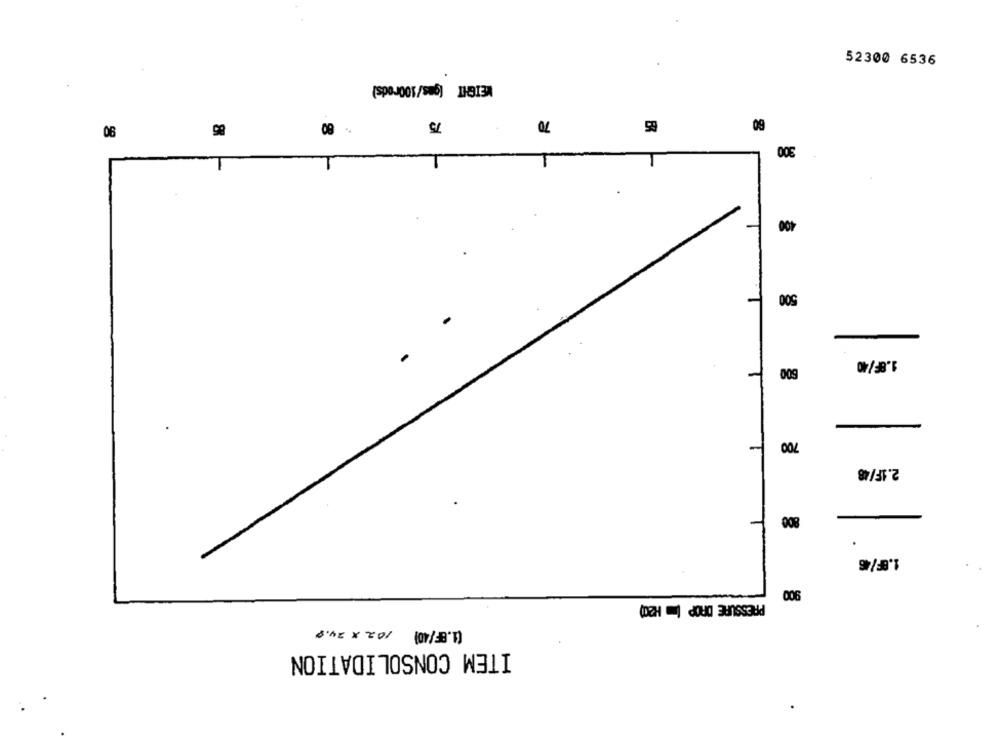
52300 6536
WEIGHT (gas/100rods)
R
09
06
59
300
400
500
1.86/40
009
-
2.1F/48
-
008
978'1
PRESSURE DROP (= H20)
006
(1.8F/40)
6.75 × 20%
ITEM CONSOLIDATION